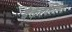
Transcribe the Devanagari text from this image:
बेकरफील्ड